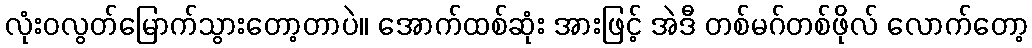
လုံးဝလွတ်မြောက်သွားတော့တာပဲ။ အောက်ထစ်ဆုံး အားဖြင့် အဲဒီ တစ်မဂ်တစ်ဖိုလ် လောက်တော့